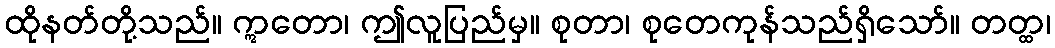
ထိုနတ်တို့သည်။ ဣတော၊ ဤလူပြည်မှ။ စုတာ၊ စုတေကုန်သည်ရှိသော်။ တတ္ထ၊